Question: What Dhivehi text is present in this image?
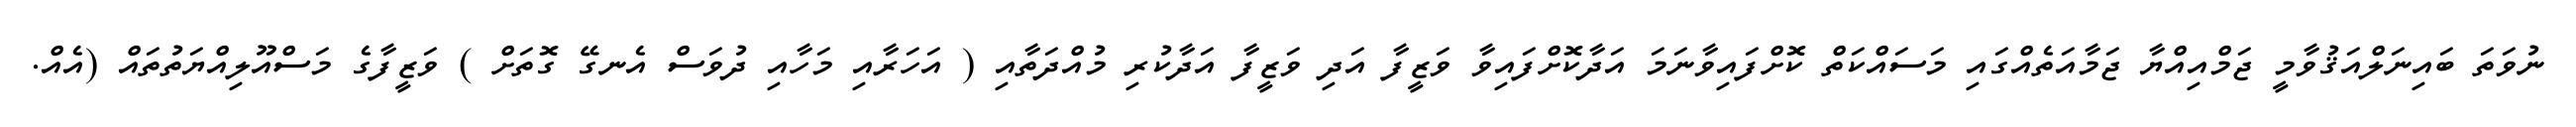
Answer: ނުވަތަ ބައިނަލްއަޤުވާމީ ޖަމްއިއްޔާ ޖަމާއަތެއްގައި މަސައްކަތް ކޮށްފައިވާނަމަ އަދާކޮށްފައިވާ ވަޒީފާ އަދި ވަޒީފާ އަދާކުރި މުއްދަތާއި ( އަހަރާއި މަހާއި ދުވަސް އެނގޭ ގޮތަށް ) ވަޒީފާގެ މަސްއޫލިއްޔަތުތައް (އެއް.